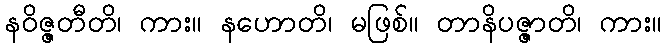
နဝိဇ္ဇတီတိ၊ ကား။ နဟောတိ၊ မဖြစ်။ တာနိပဇ္ဇာတိ၊ ကား။